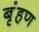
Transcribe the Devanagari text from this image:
बृंहण